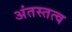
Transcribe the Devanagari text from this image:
अंतस्तत्व